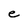
Character: e